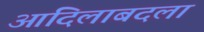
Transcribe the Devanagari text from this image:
आदिलाबदला